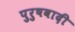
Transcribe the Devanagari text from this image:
पुरुषवादी